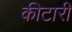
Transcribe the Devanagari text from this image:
कीटारी